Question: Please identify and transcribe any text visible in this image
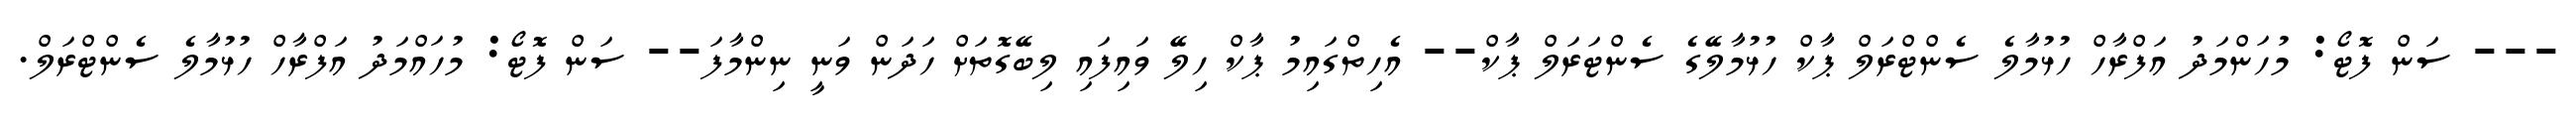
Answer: --- ސަން ފޮޓޯ: މުހަންމަދު އަފްރާހް ހުޅުމާލެ ސެންޓްރަލް ޕާކް ހުޅުމާލޭގެ ސެންޓަރަލް ޕާކް-- އެހިތްގައިމު ޕާކް ހިލޭ ވައިފައި ލިބޭގޮތަށް ހަދަން ވަނީ ނިންމާފަ-- ސަން ފޮޓޯ: މުހައްމަދު އަފްރާހް ހުޅުމާލެ ސެންޓްރަލް.